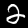
Label: 2